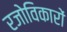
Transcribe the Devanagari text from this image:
रजोविकारों